Indian journal of veterinary science and animal husbandry - Volume 10,
Year: 1940
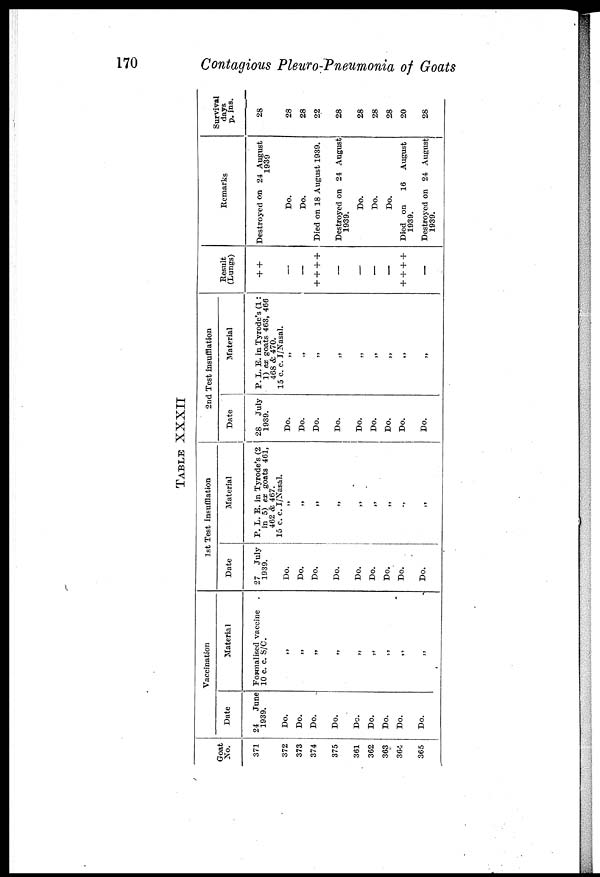
170
Contagious Pleuro-Pneumonia of Goats
TABLE XXXII
Goat
No.
371
372
373
374
375
361
362
363
364
365
Vaccination
Date
24
June
1939.
Do.
Do.
Do.
Do.
Do.
Do.
Do.
Do.
Do.
Material
Formalised vaccine
10 c. c. S/C.
„
„
„
„
„
„
"
1st Test insufflation
Date
27 July
1939.
Do.
Do.
Do.
Do.
Do.
Do.
Do.
Do.
Do.
Material
P. L. B. in Tyrode's (2
in 5) ex goats 461,
462 & 467.
15 c. c. I/Nasal.
„
„
„
„
„
„
„
„
„
2nd Test insufflation
Date
28 July
1939.
Do.
Do.
Do.
Do.
Do.
Do.
Do.
Do.
Do.
Material
P. L. E. in Tyrode's (1:
1) ex goats 463, 466
468 & 470.
15 c. c. I/Nasal.
„
„
„
„
„
„
„
„
„
Result
(Lungs)
+ +
—
—
+ + + +
—
—
—
—
+ + + +
—
Remarks
Destroyed on 24 August
1939
Do.
Do.
Died on 18 August 1939.
Destroyed on 24 August
1939.
Do.
Do.
Do.
Died on
16
August
1939.
Destroyed on 24 August
1939.
Survival
days
p. ins.
28
28
28
22
28
28
28
28
20
28